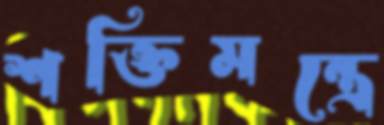
শক্তিমন্ত্রে